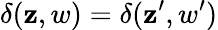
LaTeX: {\delta(\mathbf{z},w)=\delta(\mathbf{z}^{\prime},w^{\prime})}